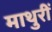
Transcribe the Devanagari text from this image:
माथुरीं